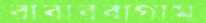
রাবারবাগাম